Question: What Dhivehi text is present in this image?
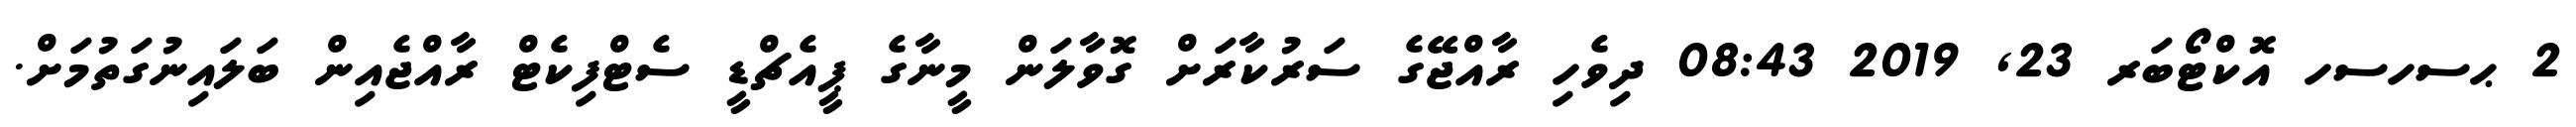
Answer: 2 ޙސހސހ އޮކްޓޯބަރ 23, 2019 08:43 ދިވެހި ރާއްޖޭގެ ސަރުކާރަށް ގޮވާލަން މީނާގެ ޕީއެޗްޑީ ސެޓްފިކެޓް ރާއްޖެއިން ބަލައިނުގަތުމަށް.